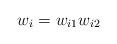
LaTeX: \begin{align*}w_i=w_{i1} w_{i2}\end{align*}